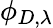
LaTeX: \phi_{D,\lambda}